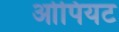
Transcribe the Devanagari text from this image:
ओपियट